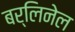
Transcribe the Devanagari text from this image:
बर्लिनेल